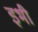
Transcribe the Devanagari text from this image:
इभी